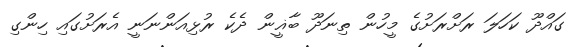
ގައްދޫ ކަހަލަ ރަށްރަށުގެ މީހުން ތިނަދޫ ބާޣީން ދެކެ ރުޅިއަންނަނީ އެރަށުގައި ހިންގި